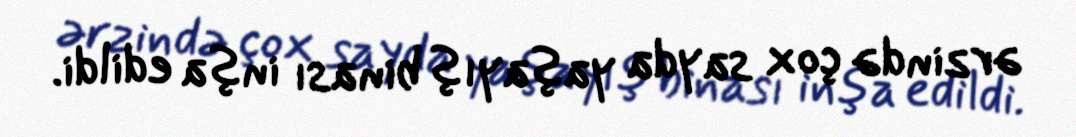
ərzində çox sayda yaşayış binası inşa edildi.